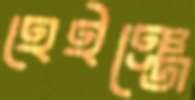
হেইঞ্জে